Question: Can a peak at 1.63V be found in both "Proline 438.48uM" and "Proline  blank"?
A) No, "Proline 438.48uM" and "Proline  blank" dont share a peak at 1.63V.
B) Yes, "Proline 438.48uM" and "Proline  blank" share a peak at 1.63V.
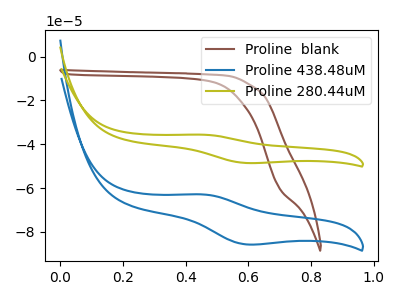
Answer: <think>The brown curve "Proline  blank" has no peaks. The blue curve "Proline 438.48uM" has an anodic peak at (0.45V, -62.90uA) and a cathodic peak at (0.60V, -85.70uA). The olive curve "Proline 280.44uM" has an anodic peak at (0.45V, -35.65uA) and a cathodic peak at (0.60V, -48.55uA).</think>
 <answer>A) No, "Proline 438.48uM" and "Proline  blank" dont share a peak at 1.63V.</answer>
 <eval>A</eval>